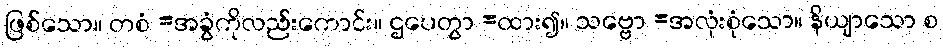
ဖြစ်သော။ တစံ =အခွံကိုလည်းကောင်း။ ဌပေတွာ =ထား၍။ သဗ္ဗော =အလုံးစုံသော။ နိယျာသော စ